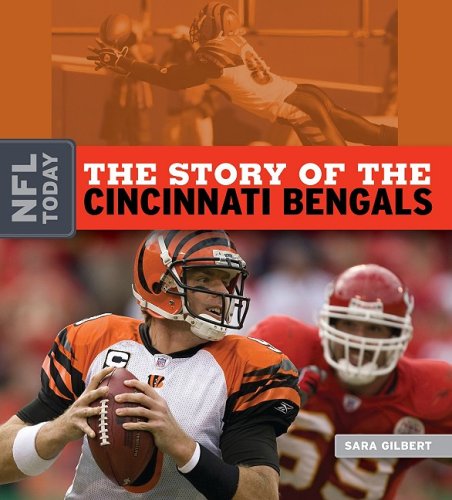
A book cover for The Story of the Cincinnati Bengals (NFL Today (Creative)); Sara Gilbert; Teen & Young Adult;